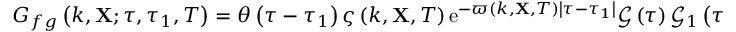
G _ { f g } \left( k , \mathbf { X } ; \tau , \tau _ { 1 } , T \right) = \theta \left( \tau - \tau _ { 1 } \right) \varsigma \left( k , \mathbf { X } , T \right) \mathrm { e } ^ { - \varpi \left( k , \mathbf { X } , T \right) \left| \tau - \tau _ { 1 } \right| } \mathcal { G } \left( \tau \right) \mathcal { G } _ { 1 } \left( \tau _ { 1 } \right) ,